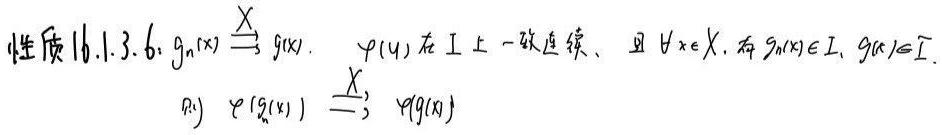
性质16.1.3.6：$g_n(x)\stackrel{X}{\rightrightarrows} g(x)$，$\varphi(u)$在$I$上一致连续，且$\forall x\in X$，有$g_n(x)\in I$，$g(x)\in I$，则$\varphi(g_n(x))\stackrel{X}{\rightrightarrows} \varphi(g(x))$。